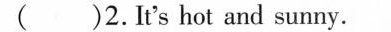
( )2.It's hot and sunny.